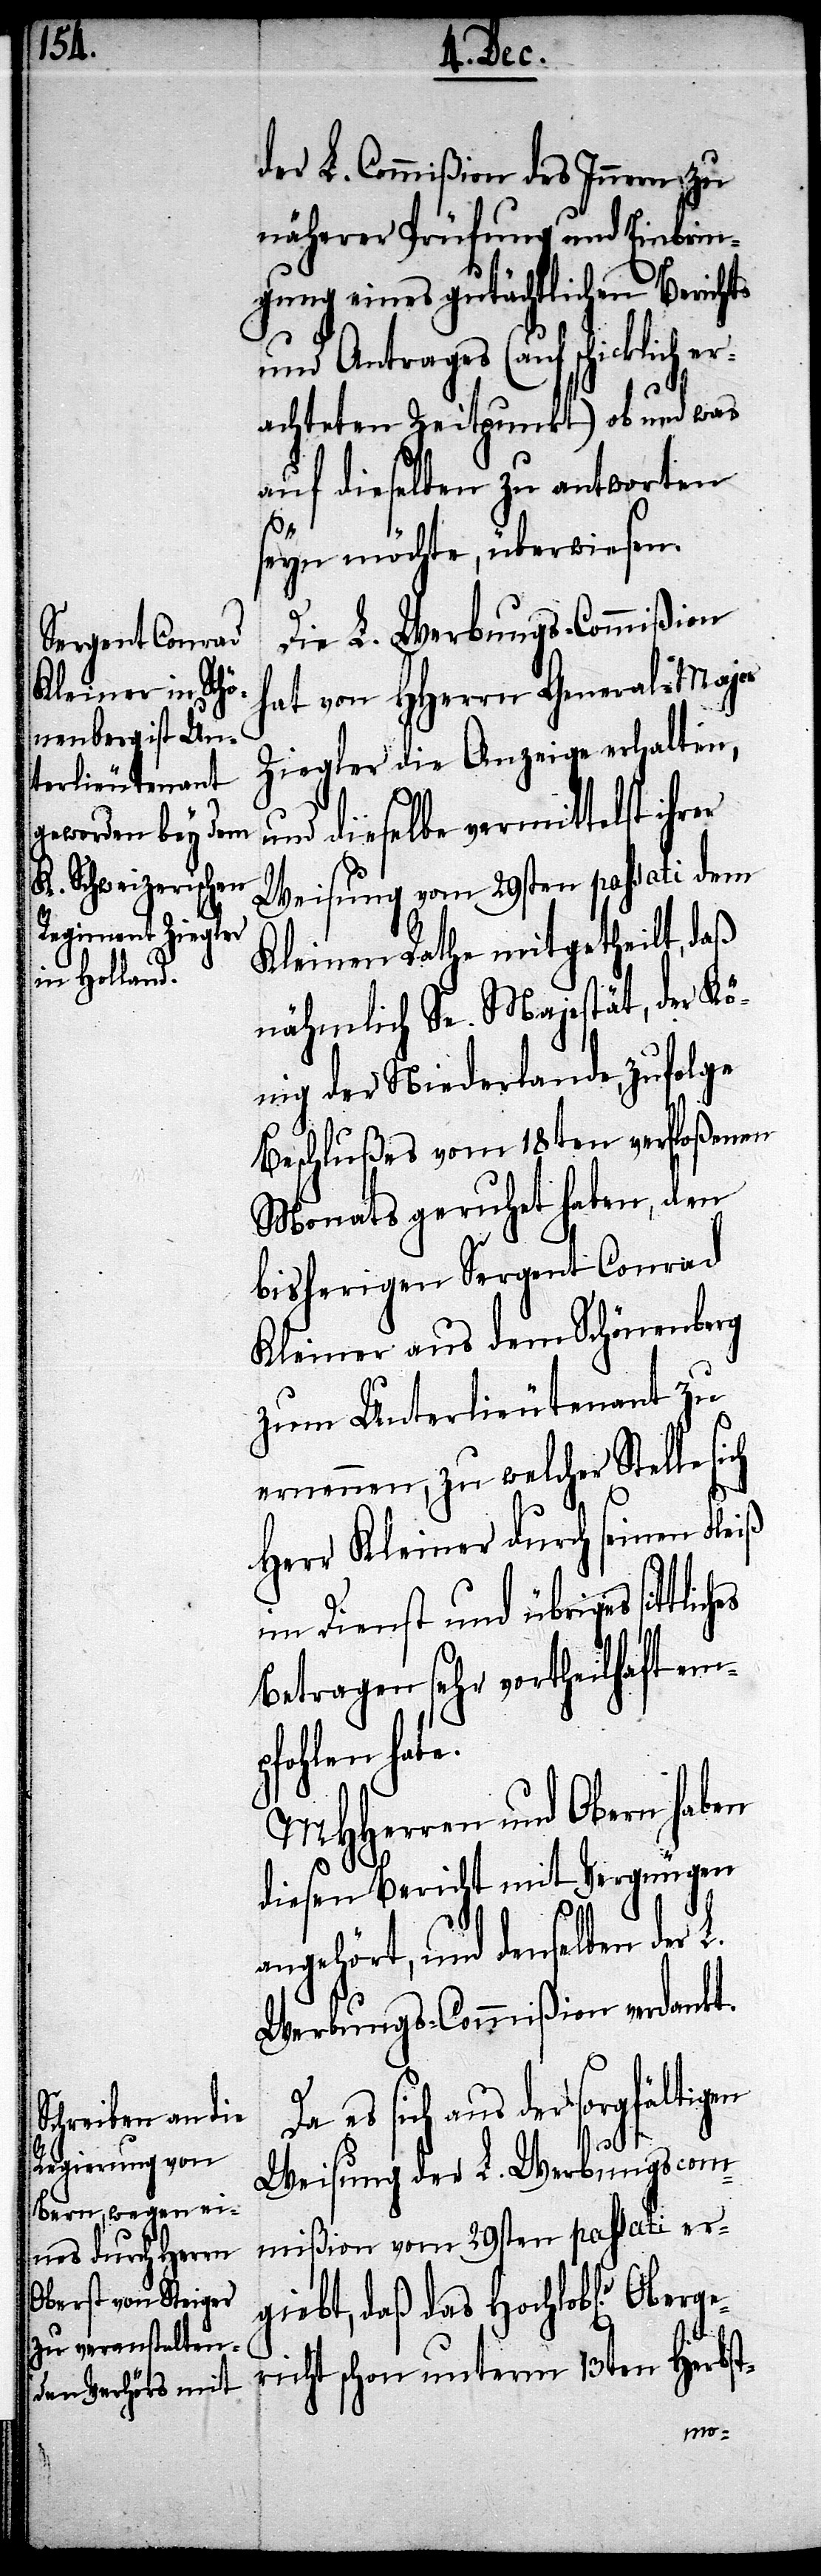
der L. Commißion des Innern zu
näherer Prüfung und Einbrin¬
gung eines gutächtlichen Berichts
und Antrags (auf schicklich
achteten Zeitpunkt) ob und was
auf dieselben zu antworten
seyn möchte, überwiesen.
Die L. Werbungs-Commißion
hat von HHerrn General-Major
Ziegler die Anzeige erhalten,
nd dieselbe vermittelst ih¬
Weisung vom 29sten passati dem
Kleinen Rathe mitgetheilt, daß
nämlich Se. Majestät, der Kö¬
nig der Niederlande, zufolge
Beschlußes vom 18ten verfloßenen
Monats geruhet haben, den
bisherigen Sergent Conrad
Kleiner aus dem Schönenberg
zum Unterlieutenant zu
ernennen, zu welcher Stelle si¬
Herr Kleiner durch seinen Fleiß
im Dienst und übriges
Betragen sehr vortheilhaft em¬
pfohlen habe.
MHHerren und Obern haben
diesen Bericht mit Vergnügen
angehört, und denselben der L.
Werbungs-Commißion verdankt.
es sich aus der sorgfälti¬
Weisung der L. Werbungscom¬
mißion vom 29sten passati er¬
giebt, daß das Hochlobl.e Oberg¬
ericht schon unterm 13ten Herbst-
gen